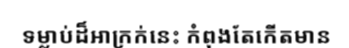
ទម្លាប់ដ៏អាក្រក់នេះ កំពុងតែកើតមាន